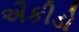
ઐકીડો